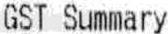
GST SUMMARY